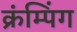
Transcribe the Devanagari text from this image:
क्रंम्पिंग